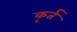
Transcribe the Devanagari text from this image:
कृर्त